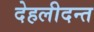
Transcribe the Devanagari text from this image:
देहलीदन्त